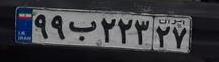
۹۹ب۲۲۳۲۷